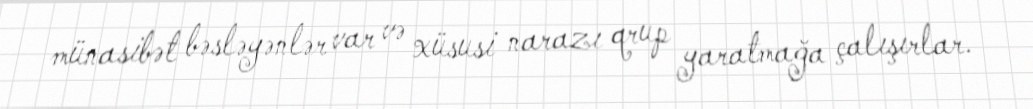
münasibət bəsləyənlər var və xüsusi narazı qrup yaratmağa çalışırlar.